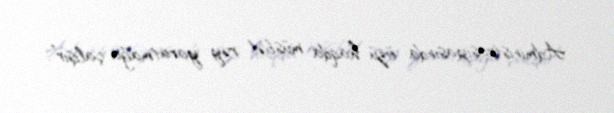
Administrasiyasında özü haqda müsbət rəy yaratmağa çalışır”.